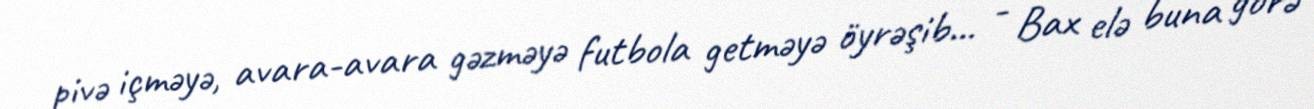
pivə içməyə, avara-avara gəzməyə futbola getməyə öyrəşib... - Bax elə buna görə